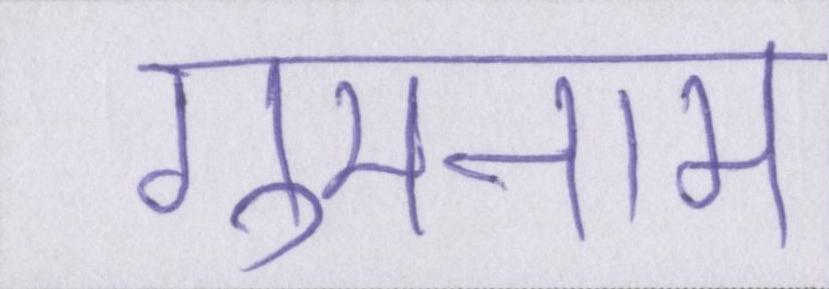
गुमनाम